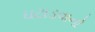
ઘટાડવાનો